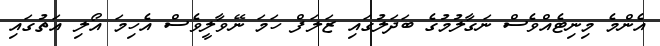
އެންމެ މިނިޓެއްވެސް ނަގާލުމުގެ ބަދަލުގައި ޒަލަފް ހަމަ ނޭވާލީވެސް އެހިމަ އޯލި އަތުގައި